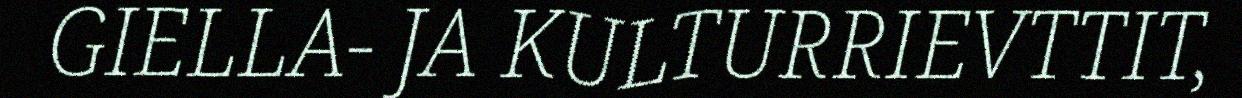
GIELLA- JA KULTURRIEVTTIT,